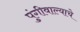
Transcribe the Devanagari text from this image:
पुंगीवाल्याचे